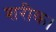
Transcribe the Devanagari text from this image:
शरीक।